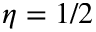
\eta = 1 / 2